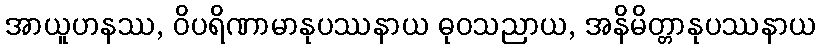
အာယူဟနဿ, ဝိပရိဏာမာနုပဿနာယ ဓုဝသညာယ, အနိမိတ္တာနုပဿနာယ